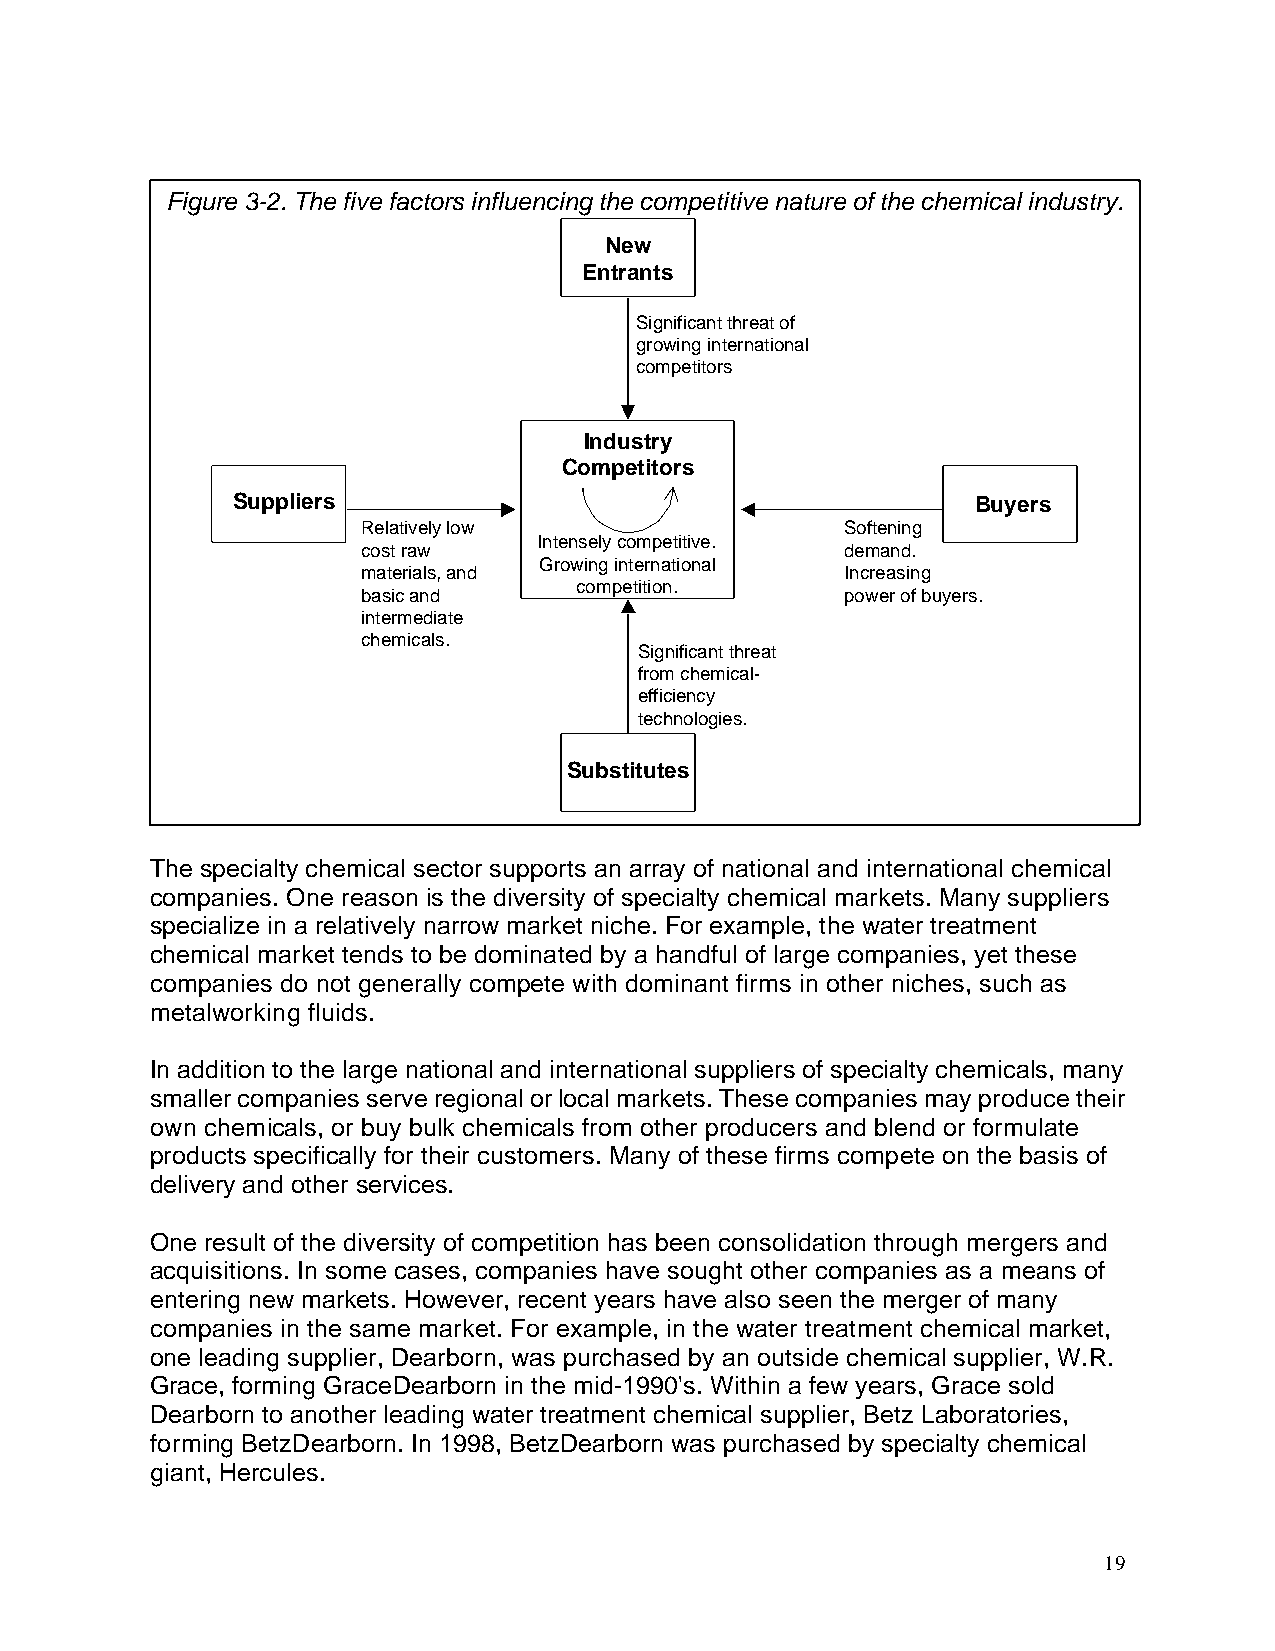
Figure 3-2. The five factors influencing the competitive nature of the chemical industry.
 New
 Entrants
 Significant threat of
 growing international
 competitors
 Industry
 Competitors
 Suppliers                                         Buyers
 Relatively low                  Softening
 Intensely competitive.
 cost raw                        demand.
 Growing international
 materials, and                  Increasing
 competition.
 basic and                       power of buyers.
 intermediate
 chemicals.
 Significant threat
 from chemical-
 efficiency
 technologies.
 Substitutes
 18
 The specialty chemical sector supports an array of national and international chemical
 companies. One reason is the diversity of specialty chemical markets. Many suppliers
 specialize in a relatively narrow market niche. For example, the water treatment
 chemical market tends to be dominated by a handful of large companies, yet these
 companies do not generally compete with dominant firms in other niches, such as
 metalworking fluids.
 In addition to the large national and international suppliers of specialty chemicals, many
 smaller companies serve regional or local markets. These companies may produce their
 own chemicals, or buy bulk chemicals from other producers and blend or formulate
 products specifically for their customers. Many of these firms compete on the basis of
 delivery and other services.
 One result of the diversity of competition has been consolidation through mergers and
 acquisitions. In some cases, companies have sought other companies as a means of
 entering new markets. However, recent years have also seen the merger of many
 companies in the same market. For example, in the water treatment chemical market,
 one leading supplier, Dearborn, was purchased by an outside chemical supplier, W.R.
 Grace, forming GraceDearborn in the mid-1990's. Within a few years, Grace sold
 Dearborn to another leading water treatment chemical supplier, Betz Laboratories,
 forming BetzDearborn. In 1998, BetzDearborn was purchased by specialty chemical
 giant, Hercules.
 19